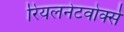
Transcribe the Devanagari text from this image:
रियलनेटवोर्क्स